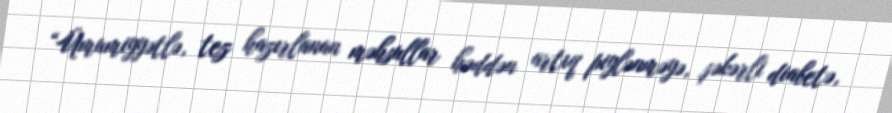
“Ümumiyyətlə, tez hazırlanan məhsullar həddən artıq piylənməyə, şəkərli diabetə,